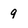
Character: 9